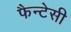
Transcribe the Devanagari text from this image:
फैन्टेसी